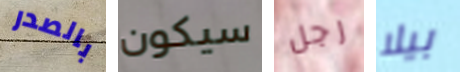
بالصدر سيكون رجل بيلا